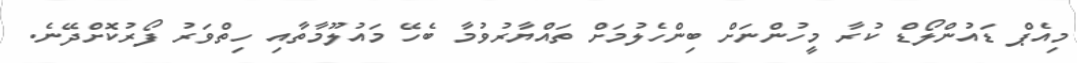
މިއެޕް ޑައުންލޯޑް ކުރާ މީހުންނަށް ބިންހެލުމަށް ތައްޔާރުވުމާ ބެހޭ މައުލޫމާތާއި ހިތްވަރު ފޯރުކޮށްދޭނެ.